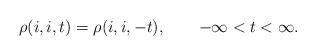
LaTeX: \begin{align*}\rho(i,i,t)=\rho(i,i,-t),\qquad-\infty<t<\infty.\end{align*}